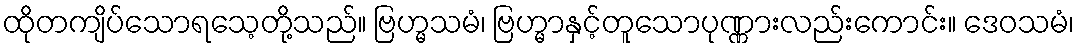
ထိုတကျိပ်သောရသေ့တို့သည်။ ဗြဟ္မသမံ၊ ဗြဟ္မာနှင့်တူသောပုဏ္ဏားလည်းကောင်း။ ဒေဝသမံ၊